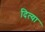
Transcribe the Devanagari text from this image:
दित्या